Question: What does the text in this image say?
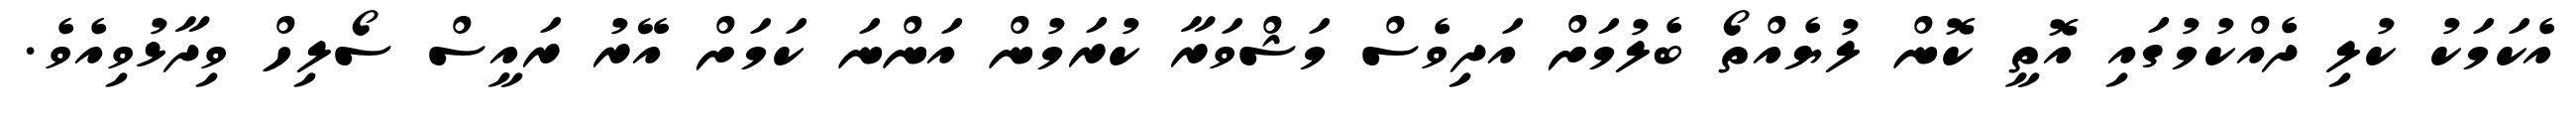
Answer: އެކަމަކު ކުލި ދެއްކުމުގައި އޮތީ ކޮން ލުޔެއްތޯ ބެލުމަށް އަދިވެސް މަޝްވަރާ ކުރަމުން އަންނަ ކަމަށް އޭރު ރައީސް ސޯލިހް ވިދާޅުވިއެވެ.